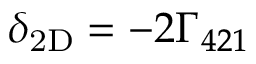
\ensuremath { \delta _ { \mathrm { 2 D } } } = - 2 \ensuremath { \Gamma _ { 4 2 1 } }